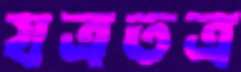
যত্রতত্র